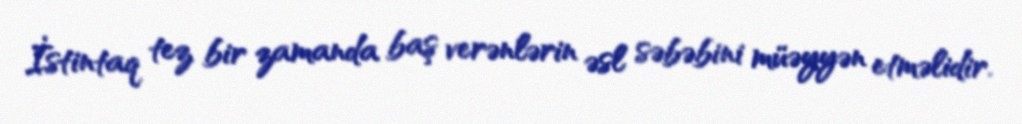
İstintaq tez bir zamanda baş verənlərin əsl səbəbini müəyyən etməlidir.